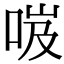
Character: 𠲺